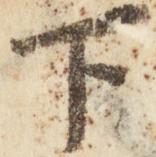
下